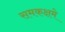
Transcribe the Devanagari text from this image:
समकक्षमे